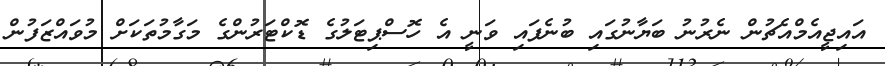
އައިޖީއެމްއެޗުން ނެރުނު ބަޔާނުގައި ބުނެފައި ވަނީ އެ ހޮސްޕިޓަލުގެ ޑޮކްޓަރުންގެ މަގާމުތަކަށް މުވައްޒަފުން